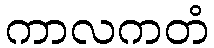
ကာလကတံ